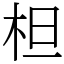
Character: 柦